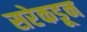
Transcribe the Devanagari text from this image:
सरेकडून